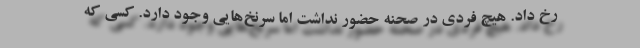
رخ داد. هیچ فردی در صحنه حضور نداشت اما سرنخ‌هایی وجود دارد. کسی که